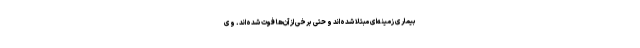
بیماری زمینه‌ای مبتلا شده‌اند و حتی برخی از آن‌ها فوت شده‌اند. وی